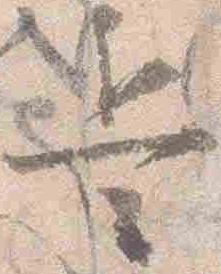
兵